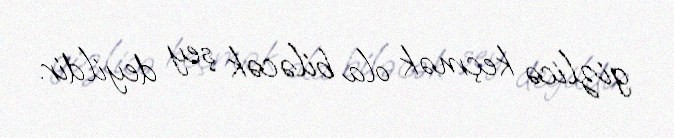
gizlicə keçmək ola biləcək şey deyildir.